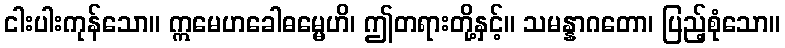
ငါးပါးကုန်သော။ ဣမေဟခေါဓမ္မေဟိ၊ ဤတရားတို့နှင့်။ သမန္နာဂတော၊ ပြည့်စုံသော။